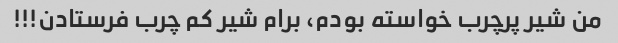
من شیر پرچرب خواسته بودم، برام شیر کم چرب فرستادن!!!